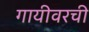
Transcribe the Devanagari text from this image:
गायीवरची